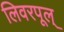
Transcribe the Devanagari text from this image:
लिवरपूल्